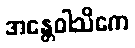
အန္တေဝါသိကေ